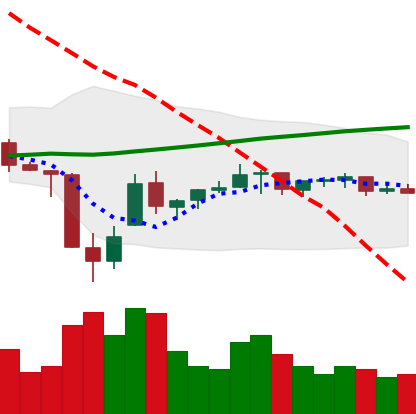
Ticker: TRX-USD
Chart end date: 2021-07-07
Forward return: -6.332%
Label: down_5_7